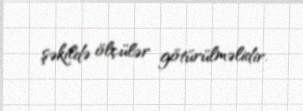
şəkildə ölçülər götürülməlidir.